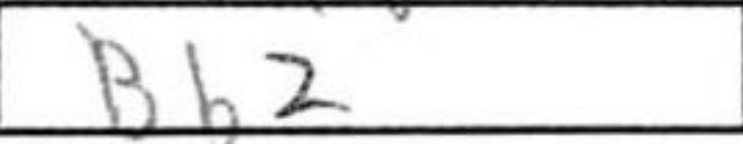
Transcription: Bb2